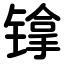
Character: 镎